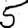
Digit: 5